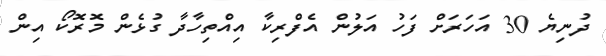
ދުނިޔެ 30 އަހަރަށް ފަހު އަލުން އެފްރިކާ އިއްތިހާދާ ގުޅެން މޮރޮކޯ އިން